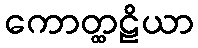
ကောတ္ထဠိယာ